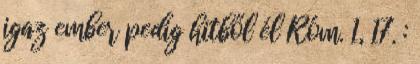
igaz ember pedig hitből él Róm. 1, 17. :